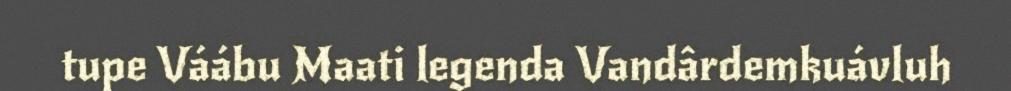
tupe Váábu Maati legenda Vandârdemkuávluh